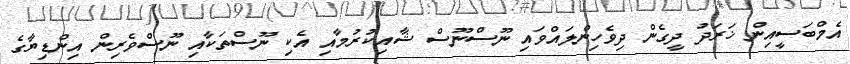
އެމްބަސީއިން ޚަރަދު ދީގެން ދިވެހިންލައްވައި ނޫސްނޫސް ޝާއިކުރުމާއި އެކި ނޫސްތަކާއި ނޫސްވެރިން އިންޑިޔާގެ